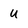
Character: u